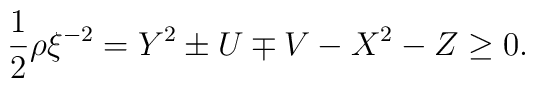
\frac{1}{2}\rho \xi^{-2} = Y^2 \pm U \mp V -X^2-Z \geq 0.